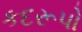
કદરૂપો